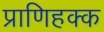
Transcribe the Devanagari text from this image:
प्राणिहक्क